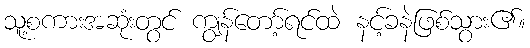
သူ့စကားအဆုံးတွင် ကျွန်တော့်ရင်ထဲ နင့်ခနဲဖြစ်သွား၏။